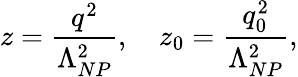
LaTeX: z={\frac{q^{2}}{\Lambda_{NP}^{2}}},\quad z_{0}={\frac{q_{0}^{2}}{\Lambda_{NP}^{2}}},